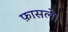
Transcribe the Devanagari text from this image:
फ़ासले।